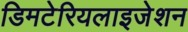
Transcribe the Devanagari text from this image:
डिमटेरियलाइजेशन